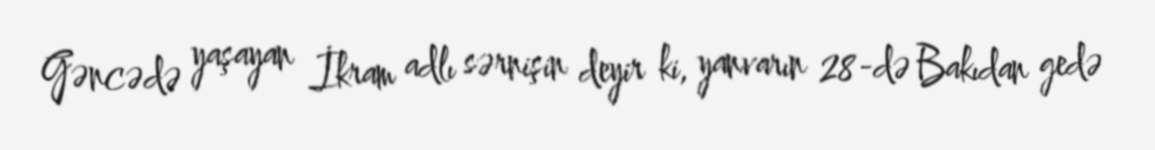
Gəncədə yaşayan İkram adlı sərnişin deyir ki, yanvarın 28-də Bakıdan gedə